Lunatic asylums Central Provinces reports 1874-1885 - 1874-1885
Year: 1874
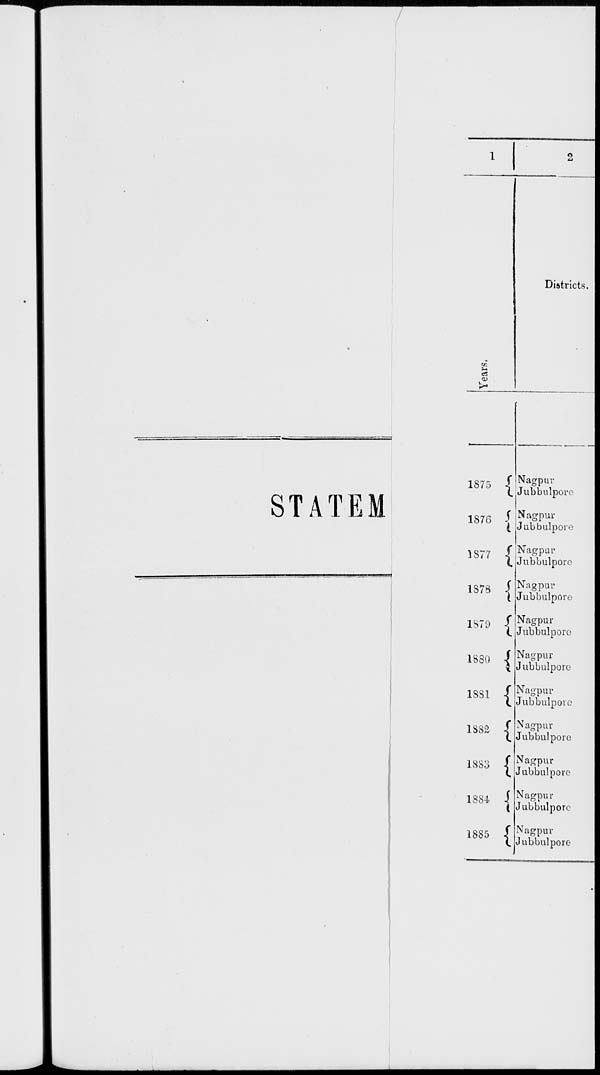
STATEM
1
Years.
1875
1876
1877
1878
1879
1880
1881
1882
1883
1884
1885
2
Districts.
Nagpur
Jubbulpore
Nagpur
Jubbulpore
Nagpur
Jubbulpore
Nagpur
Jubbulpore
Nagpur
Jubbulpore
Nagpur
Jubbulpore
Nagpur
Jubbulpore
Nagpur
Jubbulpore
Nagpur
Jubbulpore
Nagpur
Jubbulpore
Nagpur
Jubbulpore